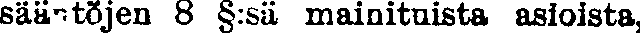
sääntojen 8 §:sä mainituista asioista,